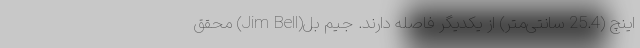
اینچ (25.4 سانتی‌متر) از یکدیگر فاصله دارند. جیم بل(Jim Bell) محقق